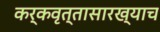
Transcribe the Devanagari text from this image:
कर्कवृत्तासारख्याच